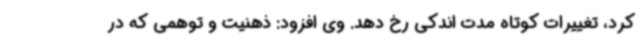
کرد، تغییرات کوتاه مدت اندکی رخ دهد. وی افزود: ذهنیت و توهمی که در